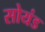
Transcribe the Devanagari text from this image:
सोयंड